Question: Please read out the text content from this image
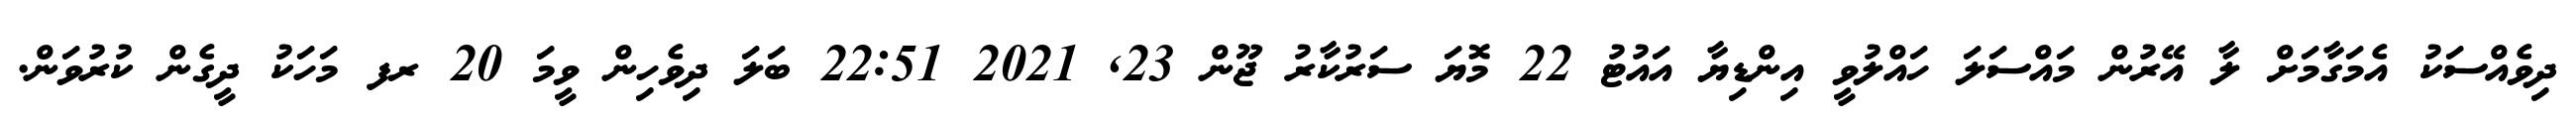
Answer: ދިވެއްސަކު އެމަގާމަށް ލާ އޭރުން މައްސަލަ ހައްލުވީ އިންޑިޔާ އައުޓު 22 މޮޔަ ސަރުކާރު ޖޫން 23, 2021 22:51 ބަލަ ދިވެހިން ވީމަ 20 ރފ މަހަކު ދީގެން ކުރުވަން.